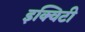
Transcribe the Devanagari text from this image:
इक्‍विटी